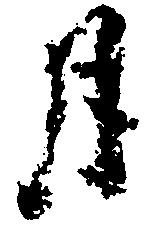
月